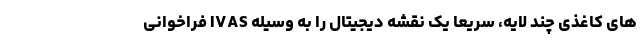
های کاغذی چند لایه، سریعا یک نقشه دیجیتال را به وسیله IVAS فراخوانی